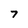
Character: 7